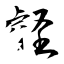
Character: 壡